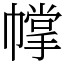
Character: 幥